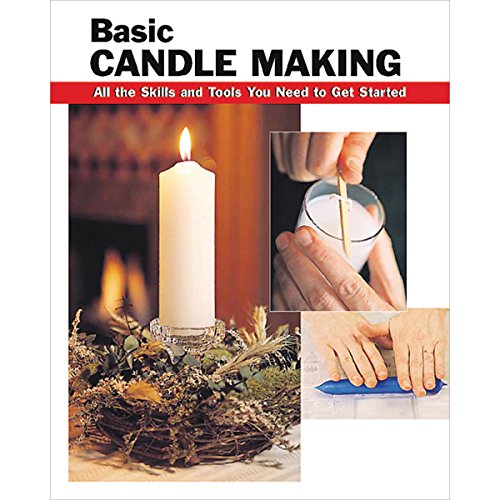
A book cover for Basic Candle Making: All the Skills and Tools You Need to Get Started (How To Basics); Eric Ebeling; Crafts, Hobbies & Home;